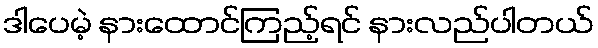
ဒါပေမဲ့ နားထောင်ကြည့်ရင် နားလည်ပါတယ်